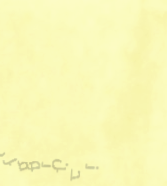
نحن نوفر لكم خدمات التصوي